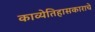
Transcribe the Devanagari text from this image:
काव्येतिहासकाराचे